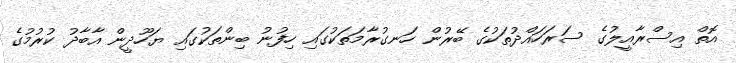
އޮތް އިސްރާއީލުގެ ސަރަހައްދުތަކުގެ ބޭރުން ހަނގުރާމަތަކުގައި ހިފުނު ބިންތަކުގައި ޔަހޫދީން އާބާދު ކުރުމުގެ